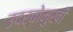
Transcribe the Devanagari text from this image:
उदर्वोमुखी